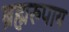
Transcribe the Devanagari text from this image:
ब्रह्मरुपाय